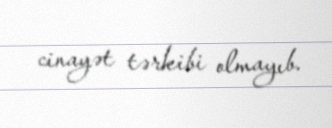
cinayət tərkibi olmayıb.